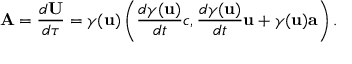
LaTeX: \mathbf { A } = { \frac { d \mathbf { U } } { d \tau } } = \gamma ( \mathbf { u } ) \left( { \frac { d { \gamma } ( \mathbf { u } ) } { d t } } c , { \frac { d { \gamma } ( \mathbf { u } ) } { d t } } \mathbf { u } + \gamma ( \mathbf { u } ) \mathbf { a } \right) .